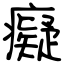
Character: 癡